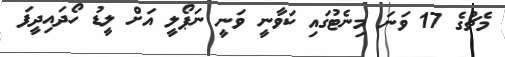
މެޗުގެ 17 ވަނަ މިނެޓުގައި ކަވާނީ ވަނީ ނަޕޯލީ އަށް ލީޑު ހޯދައިދީފަ